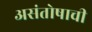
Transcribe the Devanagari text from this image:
असंतोषाची